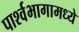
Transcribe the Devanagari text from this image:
पार्श्वभागामध्ये